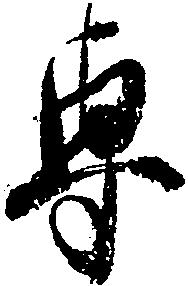
専